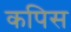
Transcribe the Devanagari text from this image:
कपिस